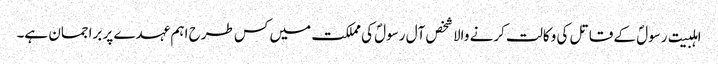
اہلبیت رسولؐ کے قاتل کی وکالت کرنے والا شخص آل رسولؐ کی مملکت میں کس طرح اہم عہدے پر براجمان ہے۔